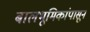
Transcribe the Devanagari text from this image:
बालभूमिकांपासून